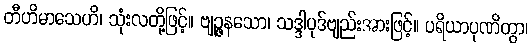
တီဟိမာသေဟိ၊ သုံးလတို့ဖြင့်။ ဗျဉ္ဇနသော၊ သဒ္ဒါပုဒ်ဗျည်းအားဖြင့်။ ပရိယာပုဏိတွာ၊